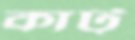
কাট্